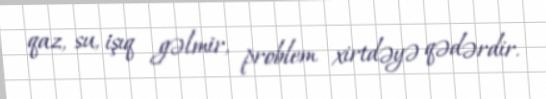
qaz, su, işıq gəlmir, problem xirtdəyə qədərdir.